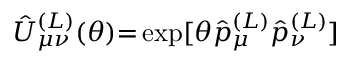
\hat { U } _ { \mu \nu } ^ { ( L ) } ( \theta ) { = } \exp [ \theta \hat { p } _ { \mu } ^ { ( L ) } \hat { p } _ { \nu } ^ { ( L ) } ]